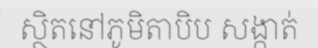
ស្ថិតនៅភូមិតាបិប សង្កាត់